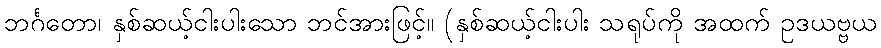
ဘင်္ဂတော၊ နှစ်ဆယ့်ငါးပါးသော ဘင်အားဖြင့်။ (နှစ်ဆယ့်ငါးပါး သရုပ်ကို အထက် ဥဒယဗ္ဗယ